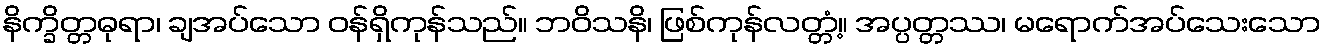
နိက္ခိတ္တဓုရာ၊ ချအပ်သော ဝန်ရှိကုန်သည်။ ဘဝိသနိ၊ ဖြစ်ကုန်လတ္တံ့။ အပ္ပတ္တဿ၊ မရောက်အပ်သေးသော